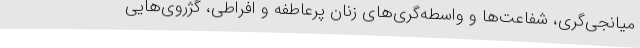
میانجی‌گری، شفاعت‌ها و واسطه‌گری‌های زنان پرعاطفه و افراطی، گژروی‌هایی